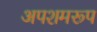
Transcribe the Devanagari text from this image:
अपशमरूप